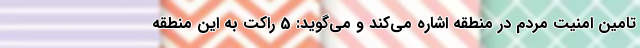
تامین امنیت مردم در منطقه اشاره می‌کند و می‌گوید: 5 راکت به این منطقه